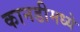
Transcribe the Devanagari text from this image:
कानडीमध्ये